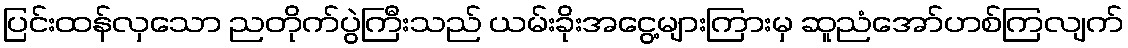
ပြင်းထန်လှသော ညတိုက်ပွဲကြီးသည် ယမ်းခိုးအငွေ့များကြားမှ ဆူညံအော်ဟစ်ကြလျက်